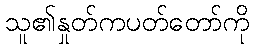
သူ၏နှုတ်ကပတ်တော်ကို